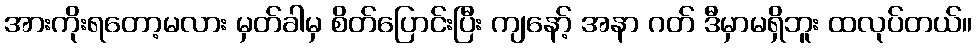
အားကိုးရတော့မလား မှတ်ခါမှ စိတ်ပြောင်းပြီး ကျနော့် အနာ ဂတ် ဒီမှာမရှိဘူး ထလုပ်တယ်။